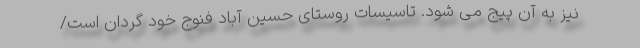
نیز به آن پیج می شود. تاسیسات روستای حسین آباد فنوج خود گردان است/